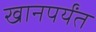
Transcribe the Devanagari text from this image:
खानपर्यंत